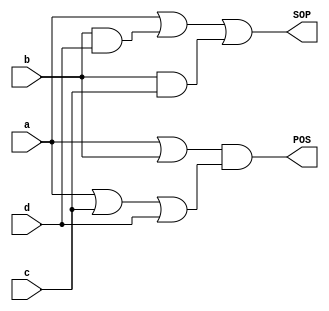


module q3_2_gate1(input a, input b, input c, input d, output SOP, output POS);
assign SOP = a | (b&d) | (b&c);
assign POS = (a | b) &(a|c| d);
endmodule



module q3_2_gate2(input a, input b, input c, input d, output SOP, output POS);
assign SOP = a| (b&(~d)) | (b&c);
assign POS  = (a | b) &(a | c| ~d);
endmodule




module q3_2_gate3(input a, input b, input c, input d, output SOP, output POS);
assign SOP =  a | (~b&c);
assign POS = (~b) &(a | c);
endmodule



module q3_2_gate4(input a, input b, input c, input d, output SOP, output POS);
assign SOP =d;
assign POS = (d);
endmodule